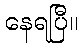
နေရပြီ။